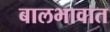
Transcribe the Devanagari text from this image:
बालभावात